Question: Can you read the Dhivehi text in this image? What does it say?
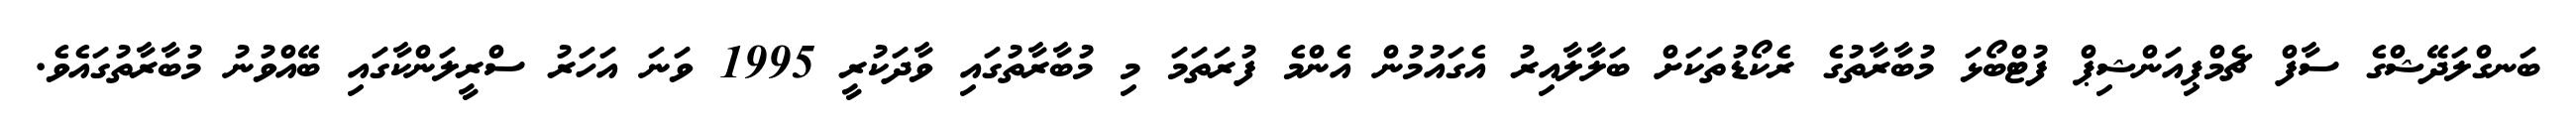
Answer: ބަނގްލަދޭޝްގެ ސާފް ޗެމްޕިއަންޝިޕް ފުޓްބޯޅަ މުބާރާތުގެ ރެކޯޑުތަކަށް ބަލާލާއިރު އެގައުމުން އެންމެ ފުރަތަމަ މި މުބާރާތުގައި ވާދަކުރީ 1995 ވަނަ އަހަރު ސްރީލަންކާގައި ބޭއްވުނު މުބާރާތުގައެވެ.